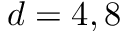
d = 4 , 8